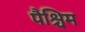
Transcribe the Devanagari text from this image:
पैश्चिम